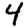
Digit: 4